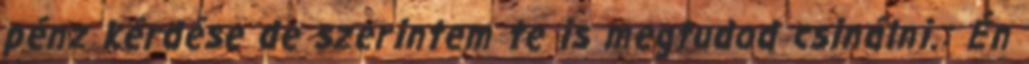
pénz kérdése de szerintem te is megtudod csinálni.: Én